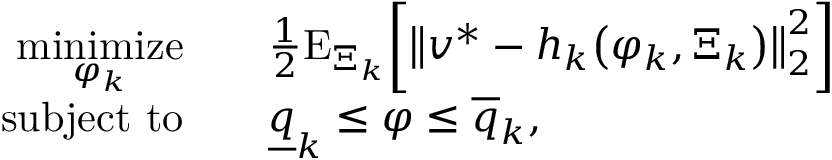
\begin{array} { r l } { \underset { \varphi _ { k } } { \mathrm { m i n i m i z e } } } & { \quad \frac { 1 } { 2 } \mathrm { E } _ { \Xi _ { k } } \bigg [ \big \| v ^ { * } - h _ { k } \big ( \varphi _ { k } , \Xi _ { k } \big ) \big \| _ { 2 } ^ { 2 } \bigg ] } \\ { \mathrm { s u b j e c t ~ t o } } & { \quad \underline { { q } } _ { k } \leq \varphi \leq \overline { { q } } _ { k } , } \end{array}